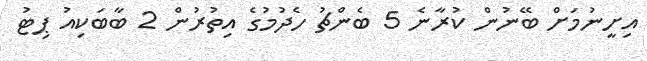
އިށީނުމަށް ބޭނުން ކުރާނެ 5 ބެންޗު ހެދުމުގެ އިތުރުން 2 ބާބަކިއު ޕިޓު